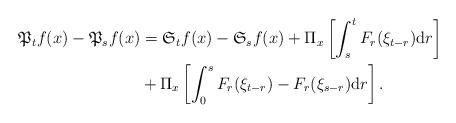
LaTeX: \begin{align*}\mathfrak{P}_{t}f(x)-\mathfrak{P}_{s}f(x)&=\mathfrak{S}_{t}f(x)-\mathfrak{S}_{s}f(x)+\Pi_{x}\left[\int_{s}^{t}F_{r}(\xi_{t-r}){\rm d}r\right]\\&+\Pi_{x}\left[\int_{0}^{s}F_{r}(\xi_{t-r})-F_{r}(\xi_{s-r}){\rm d}r\right].\end{align*}